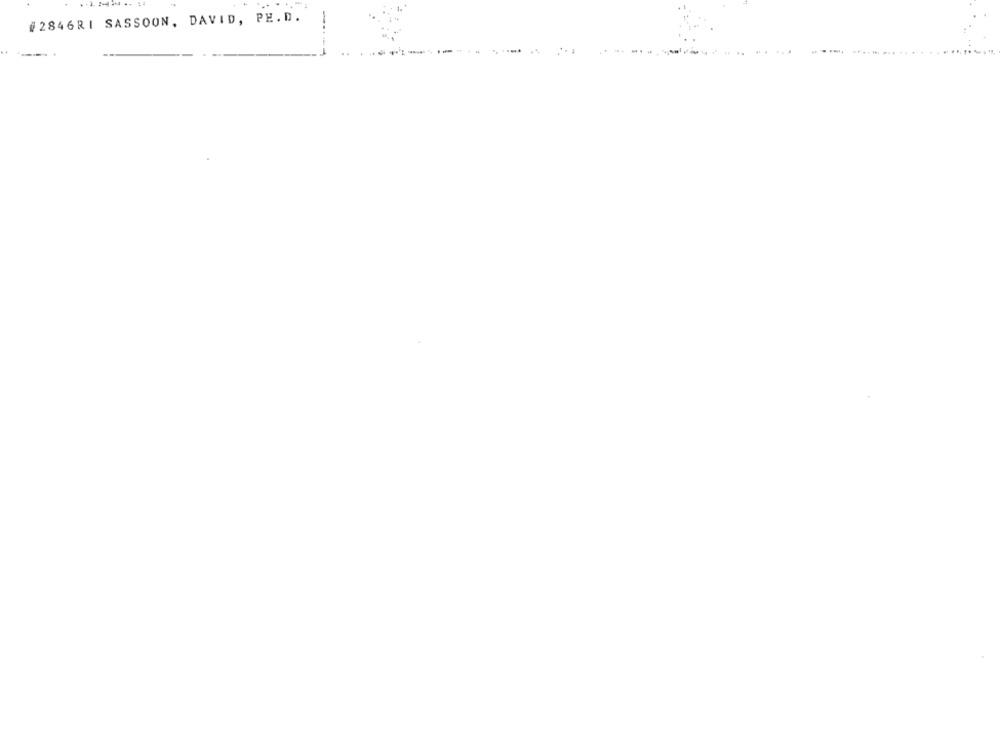
#2846RI SASSOON, DAVID, PE. D.
-